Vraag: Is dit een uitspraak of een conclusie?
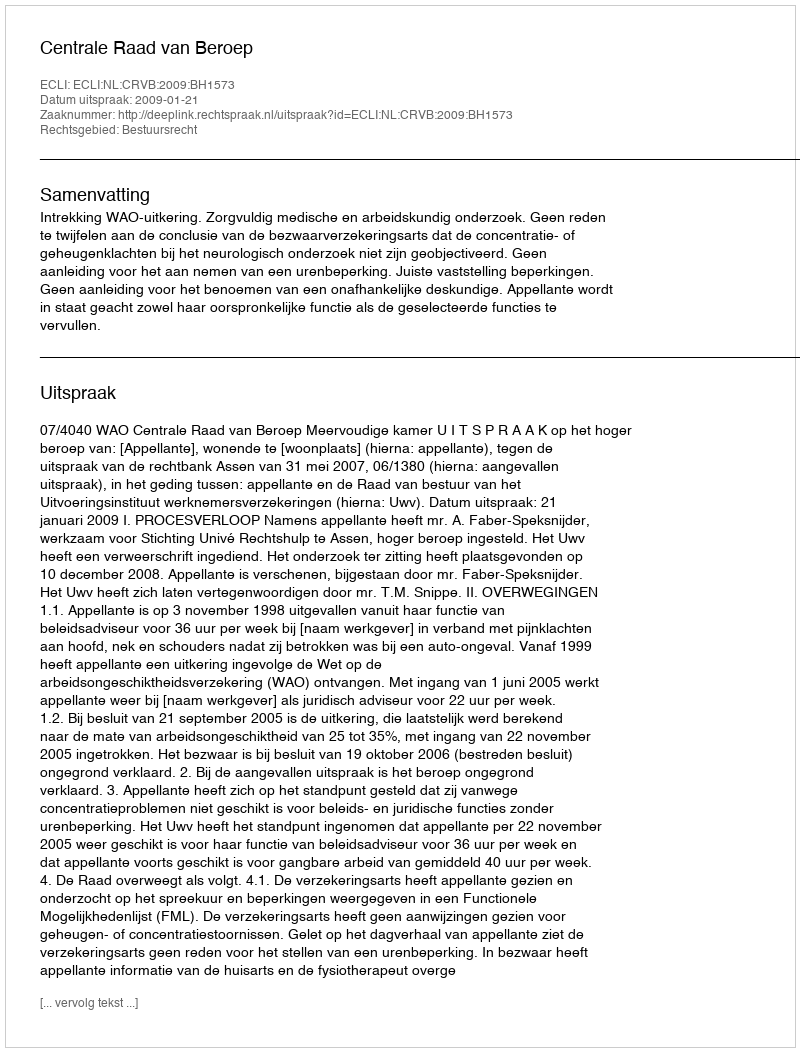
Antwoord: Uitspraak